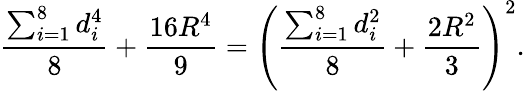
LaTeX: {\frac{\sum_{i=1}^{8}d_{i}^{4}}{8}}+{\frac{16R^{4}}{9}}=\left({\frac{\sum_{i=1}^{8}d_{i}^{2}}{8}}+{\frac{2R^{2}}{3}}\right)^{2}.